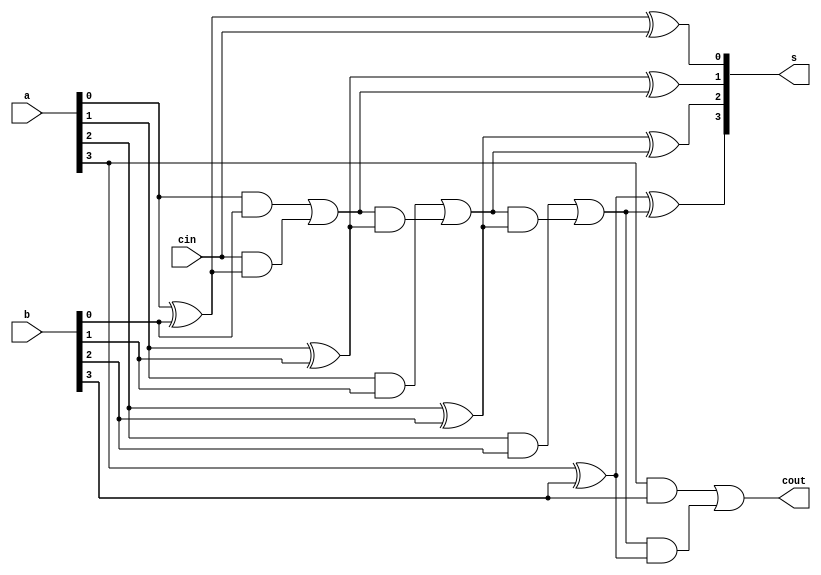
`timescale 1ns / 1ps

module four_bit_adder(a,b,s,cin,cout);
input [3:0] a,b;
input cin;
output [3:0] s;
output cout;
wire [3:1] c;

assign s[0]=a[0]^b[0]^cin;
assign c[1]=a[0]&b[0]|cin&(a[0]^b[0]);
assign s[1]=a[1]^b[1]^c[1];
assign c[2]=a[1]&b[1]|c[1]&(a[1]^b[1]);
assign s[2]=a[2]^b[2]^c[2];
assign c[3]=a[2]&b[2]|c[2]&(a[2]^b[2]);
assign s[3]=a[3]^b[3]^c[3];
assign cout=a[3]&b[3]|c[3]&(a[3]^b[3]);

endmodule